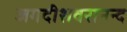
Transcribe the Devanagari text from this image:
जगदीशवरानन्द